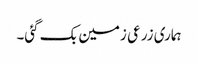
ہماری زرعی زمین بک گئی۔